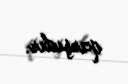
qarşıdır.